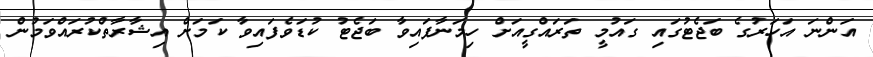
އަންނަ އަހަރުގެ ބަޖެޓުގައި ގައުމީ ތަރައްގީއަށް ހިމަނާފައިވާ ބަޖެޓު ކުޑަވެފައިވާ ކަމަށް އިޝާރާތްކުރައްވަމުން